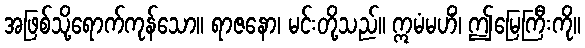
အဖြစ်သို့ရောက်ကုန်သော။ ရာဇနော၊ မင်းတို့သည်။ ဣမံမဟိံ၊ ဤမြေကြီးကို။